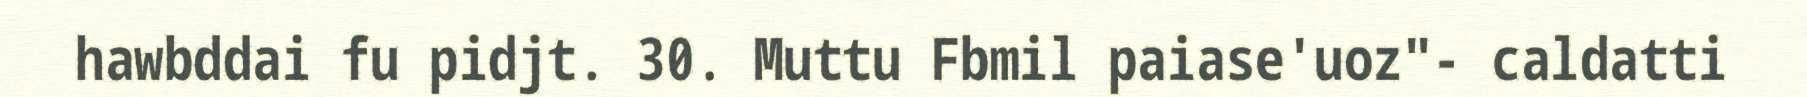
hawbddai fu pidjt. 30. Muttu Fbmil paiase'uoz"- caldatti